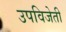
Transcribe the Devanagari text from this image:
उपविजेती